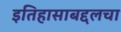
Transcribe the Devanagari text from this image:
इतिहासाबद्दलचा